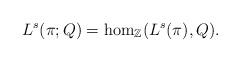
LaTeX: \begin{align*}L^s(\pi;Q) & = \hom_{\mathbb{Z}}(L^s(\pi), Q).\end{align*}